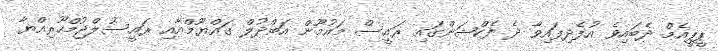
ޕީޕީއެމް ދެބައިވެ އުފެދިފައިވާ ދެ ފެކްޝަންގައި ރައީސް މައުމޫން އަބްދުލް ގައްޔޫމްއާއި ރައީސުލްޖުމްހޫރިއްޔާ